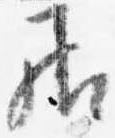
居